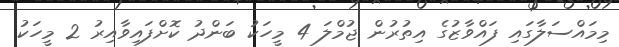
މިމައްސަލާގައި ފައްވާޒުގެ އިތުރުން ޖުމްލަ 4 މީހަކު ބަންދު ކޮށްފައިވާއިރު 2 މީހަކު